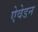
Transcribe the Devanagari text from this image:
ऐवेडन